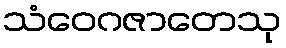
သံဝေဂဇာတေသု